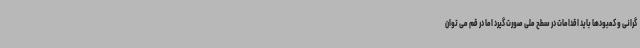
گرانی و کمبودها باید اقدامات در سطح ملی صورت گیرد اما در قم می توان